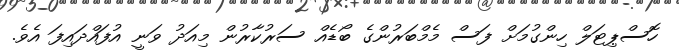
ހޮސްޕިޓަލް ހިންގުމަށް ފަސް މެމްބަރުންގެ ބޯޑެއް ސަރުކާރުން މިއަދު ވަނީ އުފައްދައިފަ އެވެ.